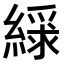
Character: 𫃿